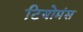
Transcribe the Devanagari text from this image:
टियोमंस